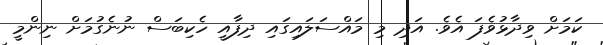
ކަމަށް ވިދާޅުވެފަ އެވެ. އަދި މި މައްސަލައިގައި ދިފާއީ ހެކިބަސް ނުނެގުމަށް ނިންމީ